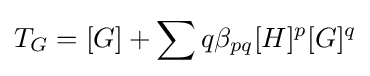
T_{G}=[G]+\sum q\beta _{pq}[H]^{p}[G]^{q}